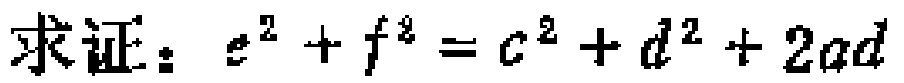
求证：\(e^{2}+f^{2}=c^{2}+d^{2}+2ad\)